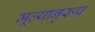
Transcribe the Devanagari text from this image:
मूल्यानुरूप